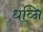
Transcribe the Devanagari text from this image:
धव्नि